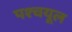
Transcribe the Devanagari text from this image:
पश्‍चयूल